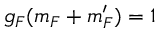
g _ { F } ( m _ { F } + m _ { F } ^ { \prime } ) = 1